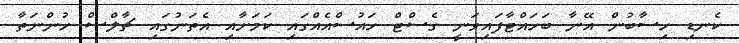
ކެނޑި ހިސާބުން އޭނާ ބަހައްޓާފައިވަނީ ގެސްޓް ހައުސްއެއްގައި ކަމަށާއި އެތަނުގައި ޗާލްސް ހުންނަތާ